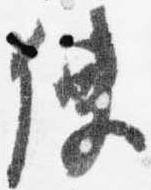
使